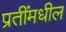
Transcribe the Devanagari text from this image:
प्रतींमधील